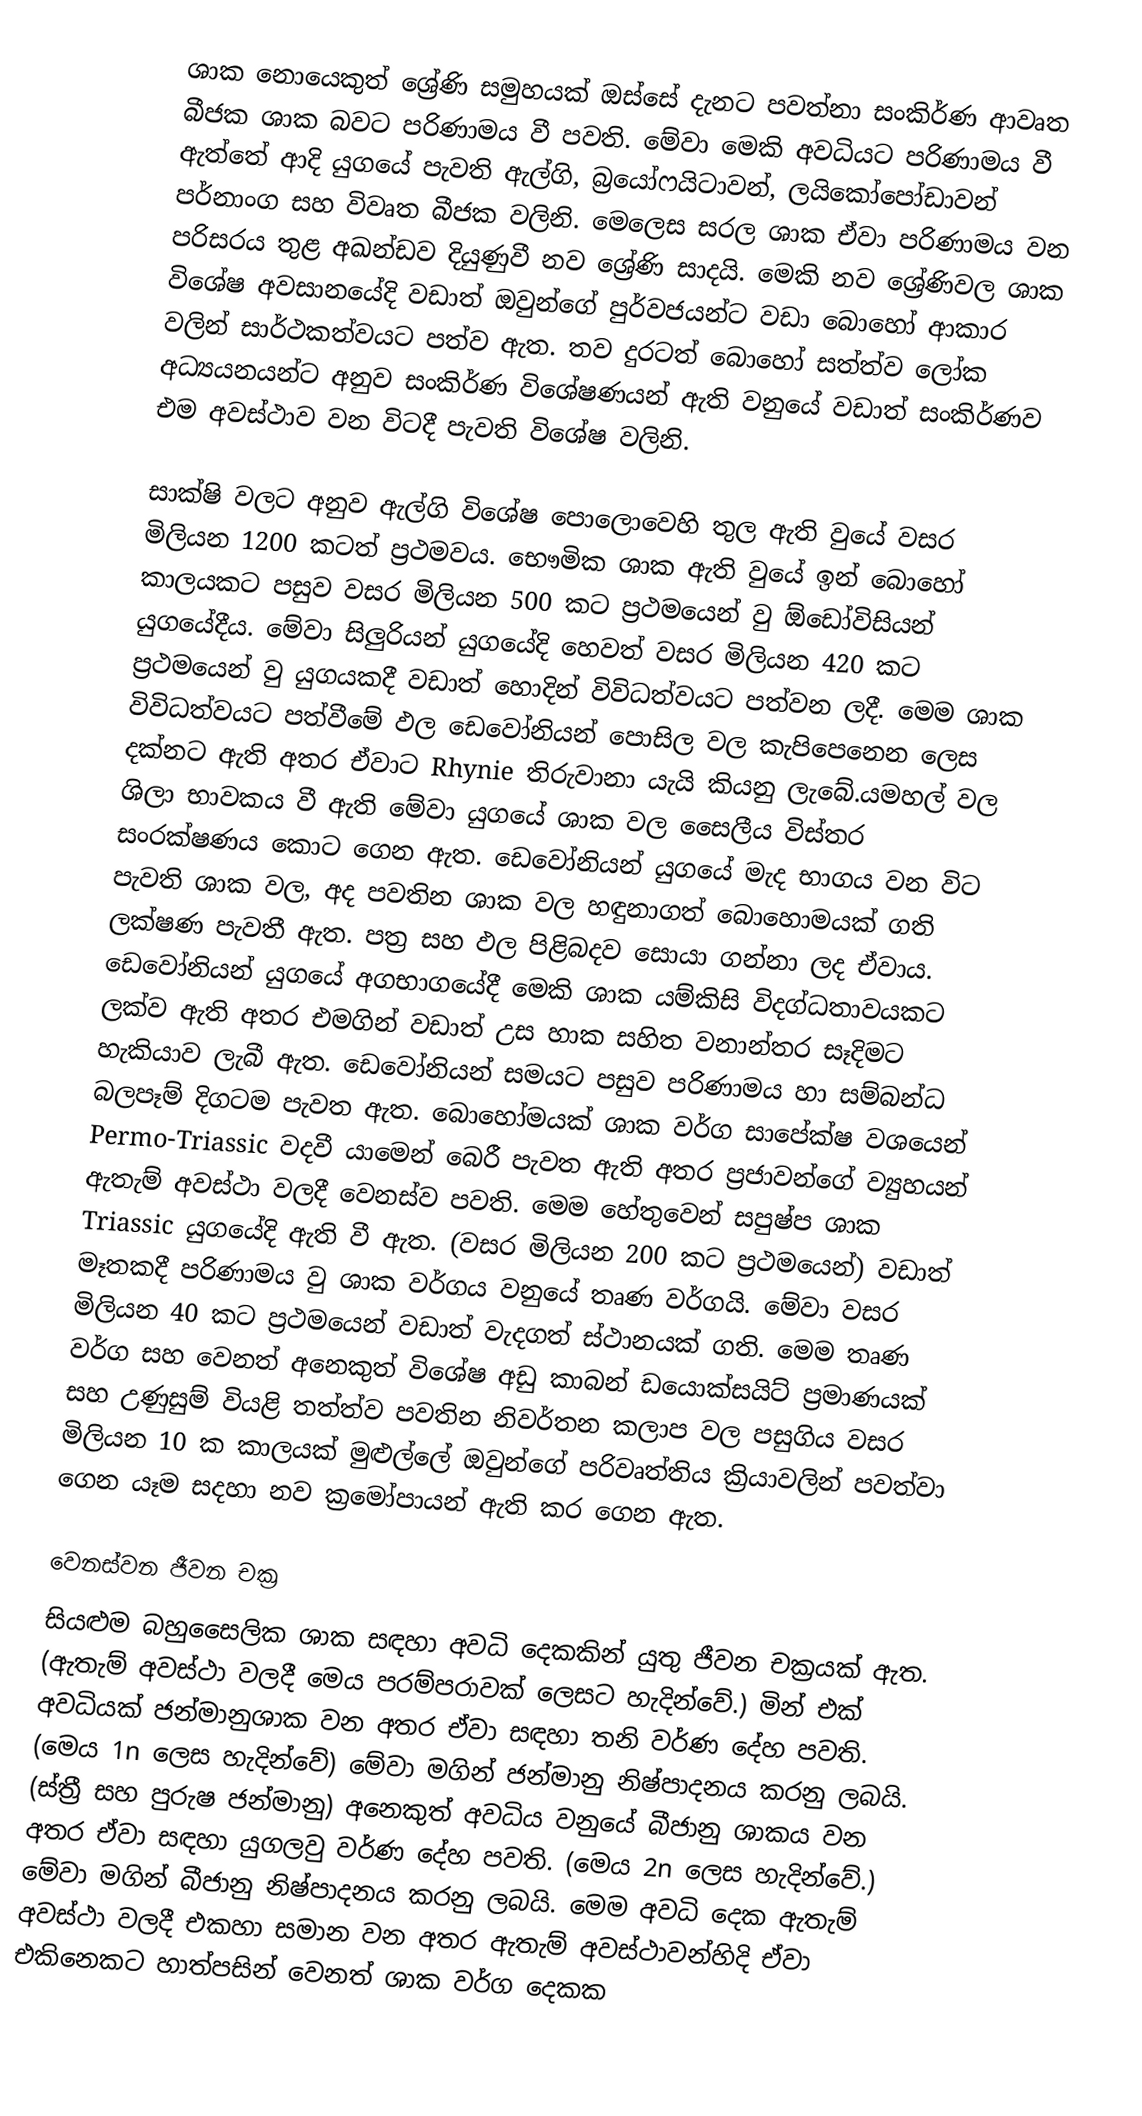
ශාක නොයෙකුත් ශ්‍රේණි සමුහයක් ඔස්සේ දැනට පවත්නා සංකිර්ණ ආවෘත බීජක ශාක බවට පරිණාමය වී පවති. මේවා මෙකි අවධියට පරිණාමය වී ඇත්තේ ආදි යුගයේ පැවති ඇල්ගි, බ්‍රයෝෆයිටාවන්, ලයිකෝපෝඩාවන් පර්නාංග සහ විවෘත බීජක වලිනි. මෙලෙස සරල ශාක ඒවා පරිණාමය වන පරිසරය තුළ අඛන්ඩව දියුණුවී නව ශ්‍රේණි සාදයි. මෙකි නව ශ්‍රේණිවල ශාක විශේෂ අවසානයේදි වඩාත් ඔවුන්ගේ පුර්වජයන්ට වඩා බොහෝ ආකාර වලින් සාර්ථකත්වයට පත්ව ඇත. තව දුරටත් බොහෝ සත්ත්ව ලෝක අධ්‍යයනයන්ට අනුව සංකිර්ණ විශේෂණයන් ඇති වනුයේ වඩාත් සංකිර්ණව එම අවස්ථාව වන විටදී පැවති විශේෂ වලිනි.

සාක්ෂි වලට අනුව ඇල්ගි විශේෂ පොලොවෙහි තුල ඇති වුයේ වසර මිලියන 1200 කටත් ප්‍රථමවය. භෞමික ශාක ඇති වුයේ ඉන් බොහෝ කාලයකට පසුව වසර මිලියන 500 කට ප්‍රථමයෙන් වු ඕඩෝවිසියන් යුගයේදීය. මේවා සිලුරියන් යුගයේදි හෙවත් වසර මිලියන 420 කට ප්‍රථමයෙන් වු යුගයකදී වඩාත් හොදින් විවිධත්වයට පත්වන ලදී. මෙම ශාක විවිධත්වයට පත්වීමේ ඵල ඩෙවෝනියන් පොසිල වල කැපිපෙනෙන ලෙස දක්නට ඇති අතර ඒවාට Rhynie තිරුවානා  යැයි කියනු ලැබේ.යමහල් වල ශිලා භාවකය වී ඇති මේවා යුගයේ ශාක වල සෛලීය විස්තර සංරක්ෂණය කොට ගෙන ඇත. ඩෙවෝනියන් යුගයේ මැද භාගය වන විට පැවති ශාක වල, අද පවතින ශාක වල හඳුනාගත් බොහොමයක් ගති ලක්ෂණ පැවතී ඇත. පත්‍ර සහ ඵල පිළිබදව සොයා ගන්නා ලද ඒවාය. ඩෙවෝනියන් යුගයේ අගභාගයේදී මෙකි ශාක යම්කිසි විදග්ධතාවයකට ලක්ව ඇති අතර එමගින් වඩ‍ාත් උස හාක සහිත වනාන්තර සෑදිමට හැකියාව ලැබී ඇත. ඩෙවෝනියන් සමයට පසුව පරිණාමය හා සම්බන්ධ බලපෑම් දිගටම පැවත ඇත. බොහෝමයක් ශාක වර්ග සාපේක්ෂ වශයෙන් Permo-Triassic වදවී යාමෙන් ‍බෙරී පැවත ඇති අතර ප්‍රජාවන්ගේ ව්‍යුහයන් ඇතැම් අවස්ථා වලදී වෙනස්ව පවති. මෙම හේතුවෙන් සපුෂ්ප ශාක Triassic යුගයේදි ඇති වී ඇත. (වසර මිලියන 200 කට ප්‍රථමයෙන්) වඩාත් මෑතකදී පරිණාමය වු ශාක වර්ගය වනුයේ තෘණ වර්ගයි. මේවා වසර මිලියන 40 කට ප්‍රථමයෙන් වඩාත් වැදගත් ස්ථානයක් ගති. මෙම තෘණ වර්ග සහ වෙනත් අනෙකුත් විශේෂ අඩු කාබන් ඩයොක්සයිට් ප්‍රමාණයක් සහ උණුසුම් වියළි තත්ත්ව පවතින නිවර්තන කලාප වල පසුගිය වසර මිලියන 10 ක කාලයක් මුළුල්ලේ ඔවුන්ගේ පරිවෘත්තිය ක්‍රියාවලින‍් පවත්වා ගෙන යෑම සදහා නව ක්‍රමෝපායන් ඇති කර ගෙන ඇත.

වෙනස්වන ජීවන චක්‍ර
සියළුම බහුසෛලික ශාක සඳහා අවධි දෙකකින් යුතු ජීවන චක්‍රයක් ඇත. (ඇතැම් අවස්ථා වලදී මෙය පරම්පරාවක් ලෙසට හැදින්වේ.) මින් එක් අවධියක් ජන්මානුශාක වන අතර ඒවා සඳහා තනි වර්ණ දේහ පවති. (මෙය 1n ලෙස හැදින්වේ) මේවා මගින් ජන්මානු නිෂ්පාදනය කරනු ලබයි. (ස්ත්‍රී සහ පුරුෂ ජන්මානු) අනෙකුත් අවධිය වනුයේ බීජානු ශාකය වන අතර ඒවා සඳහා   යුගලවු  වර්ණ දේහ පවති. (මෙය 2n ලෙස හැදින්වේ.) මේවා මගින් බීජානු නිෂ්පාදනය කරනු ලබයි. මෙම අවධි දෙක ඇතැම් අවස්ථා වලදී එකහා සමාන වන අතර ඇතැම් අවස්ථාවන්හිදි ඒවා එකිනෙකට හාත්පසින් වෙනත් ශාක වර්ග දෙකක